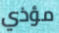
مؤذي